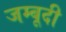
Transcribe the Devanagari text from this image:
जम्बूदी